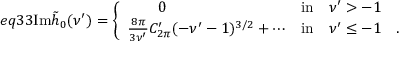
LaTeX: e q 3 3 \mathrm { I m } \tilde { h } _ { 0 } ( \nu ^ { \prime } ) = \left\{ \begin{array} { l l } { { \qquad 0 } } & { { \mathrm { i n } \quad \nu ^ { \prime } > - 1 } } \\ { { \frac { 8 \pi } { 3 \nu ^ { \prime } } C _ { 2 \pi } ^ { \prime } ( - \nu ^ { \prime } - 1 ) ^ { 3 / 2 } + \cdots } } & { { \mathrm { i n } \quad \nu ^ { \prime } \leq - 1 \quad . } } \end{array} \right.